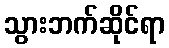
သွားဘက်ဆိုင်ရာ